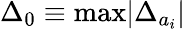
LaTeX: \Delta_{0}\equiv\mathrm{max}|\Delta_{a_{i}}|